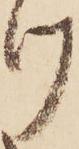
け